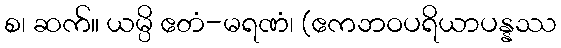
စ၊ ဆက်။ ယမ္ပိ ဧတံ-မရဏံ၊ (ဧကဘဝပရိယာပန္နဿ